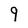
Character: 9